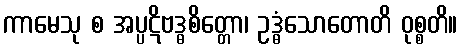
ကာမေသု စ အပ္ပဋိဗဒ္ဓစိတ္တော၊ ဥဒ္ဓံသောတောတိ ဝုစ္စတိ။